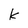
Character: K